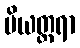
ပိယတ္တရာ